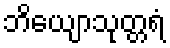
ဘိယျောသုတ္တရံ